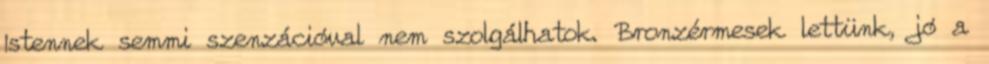
Istennek semmi szenzációval nem szolgálhatok. Bronzérmesek lettünk, jó a